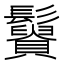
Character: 𩯿